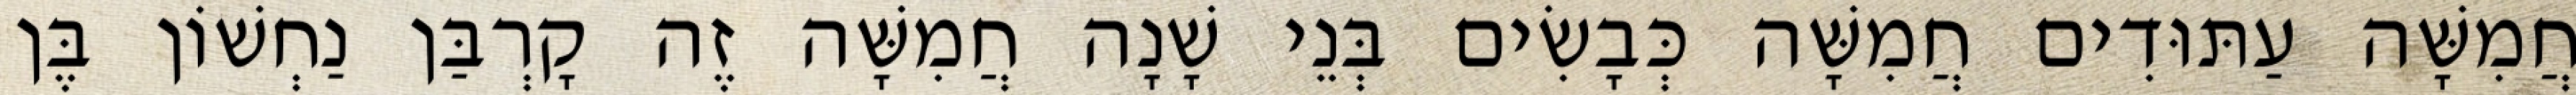
חֲמִשָּׁה עַתּוּדִים חֲמִשָּׁה כְּבָשִׂים בְּנֵי שָׁנָה חֲמִשָּׁה זֶה קָרְבַּן נַחְשׁוֹן בֶּן